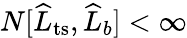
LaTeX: N[\widehat{L}_{\mathrm{ts}},\widehat{L}_{b}]<\infty